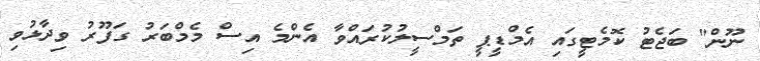
ނޫން" ބަޖެޓު ކޮމެޓީގައި އެމްޑީޕީ ތަމްސީލުކުރައްވާ އެންމެ އިސް މެމްބަރު ގަފޫރު ވިދާޅުވި